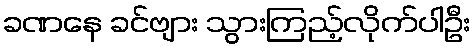
ခဏနေ ခင်ဗျား သွားကြည့်လိုက်ပါဦး